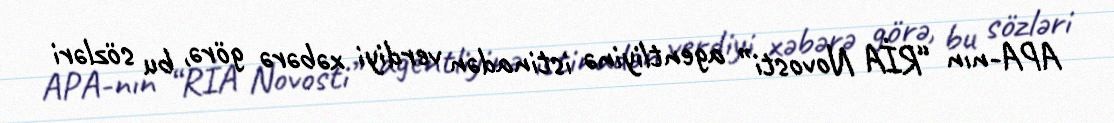
APA-nın “RİA Novosti” agentliyinə istinadən verdiyi xəbərə görə, bu sözləri